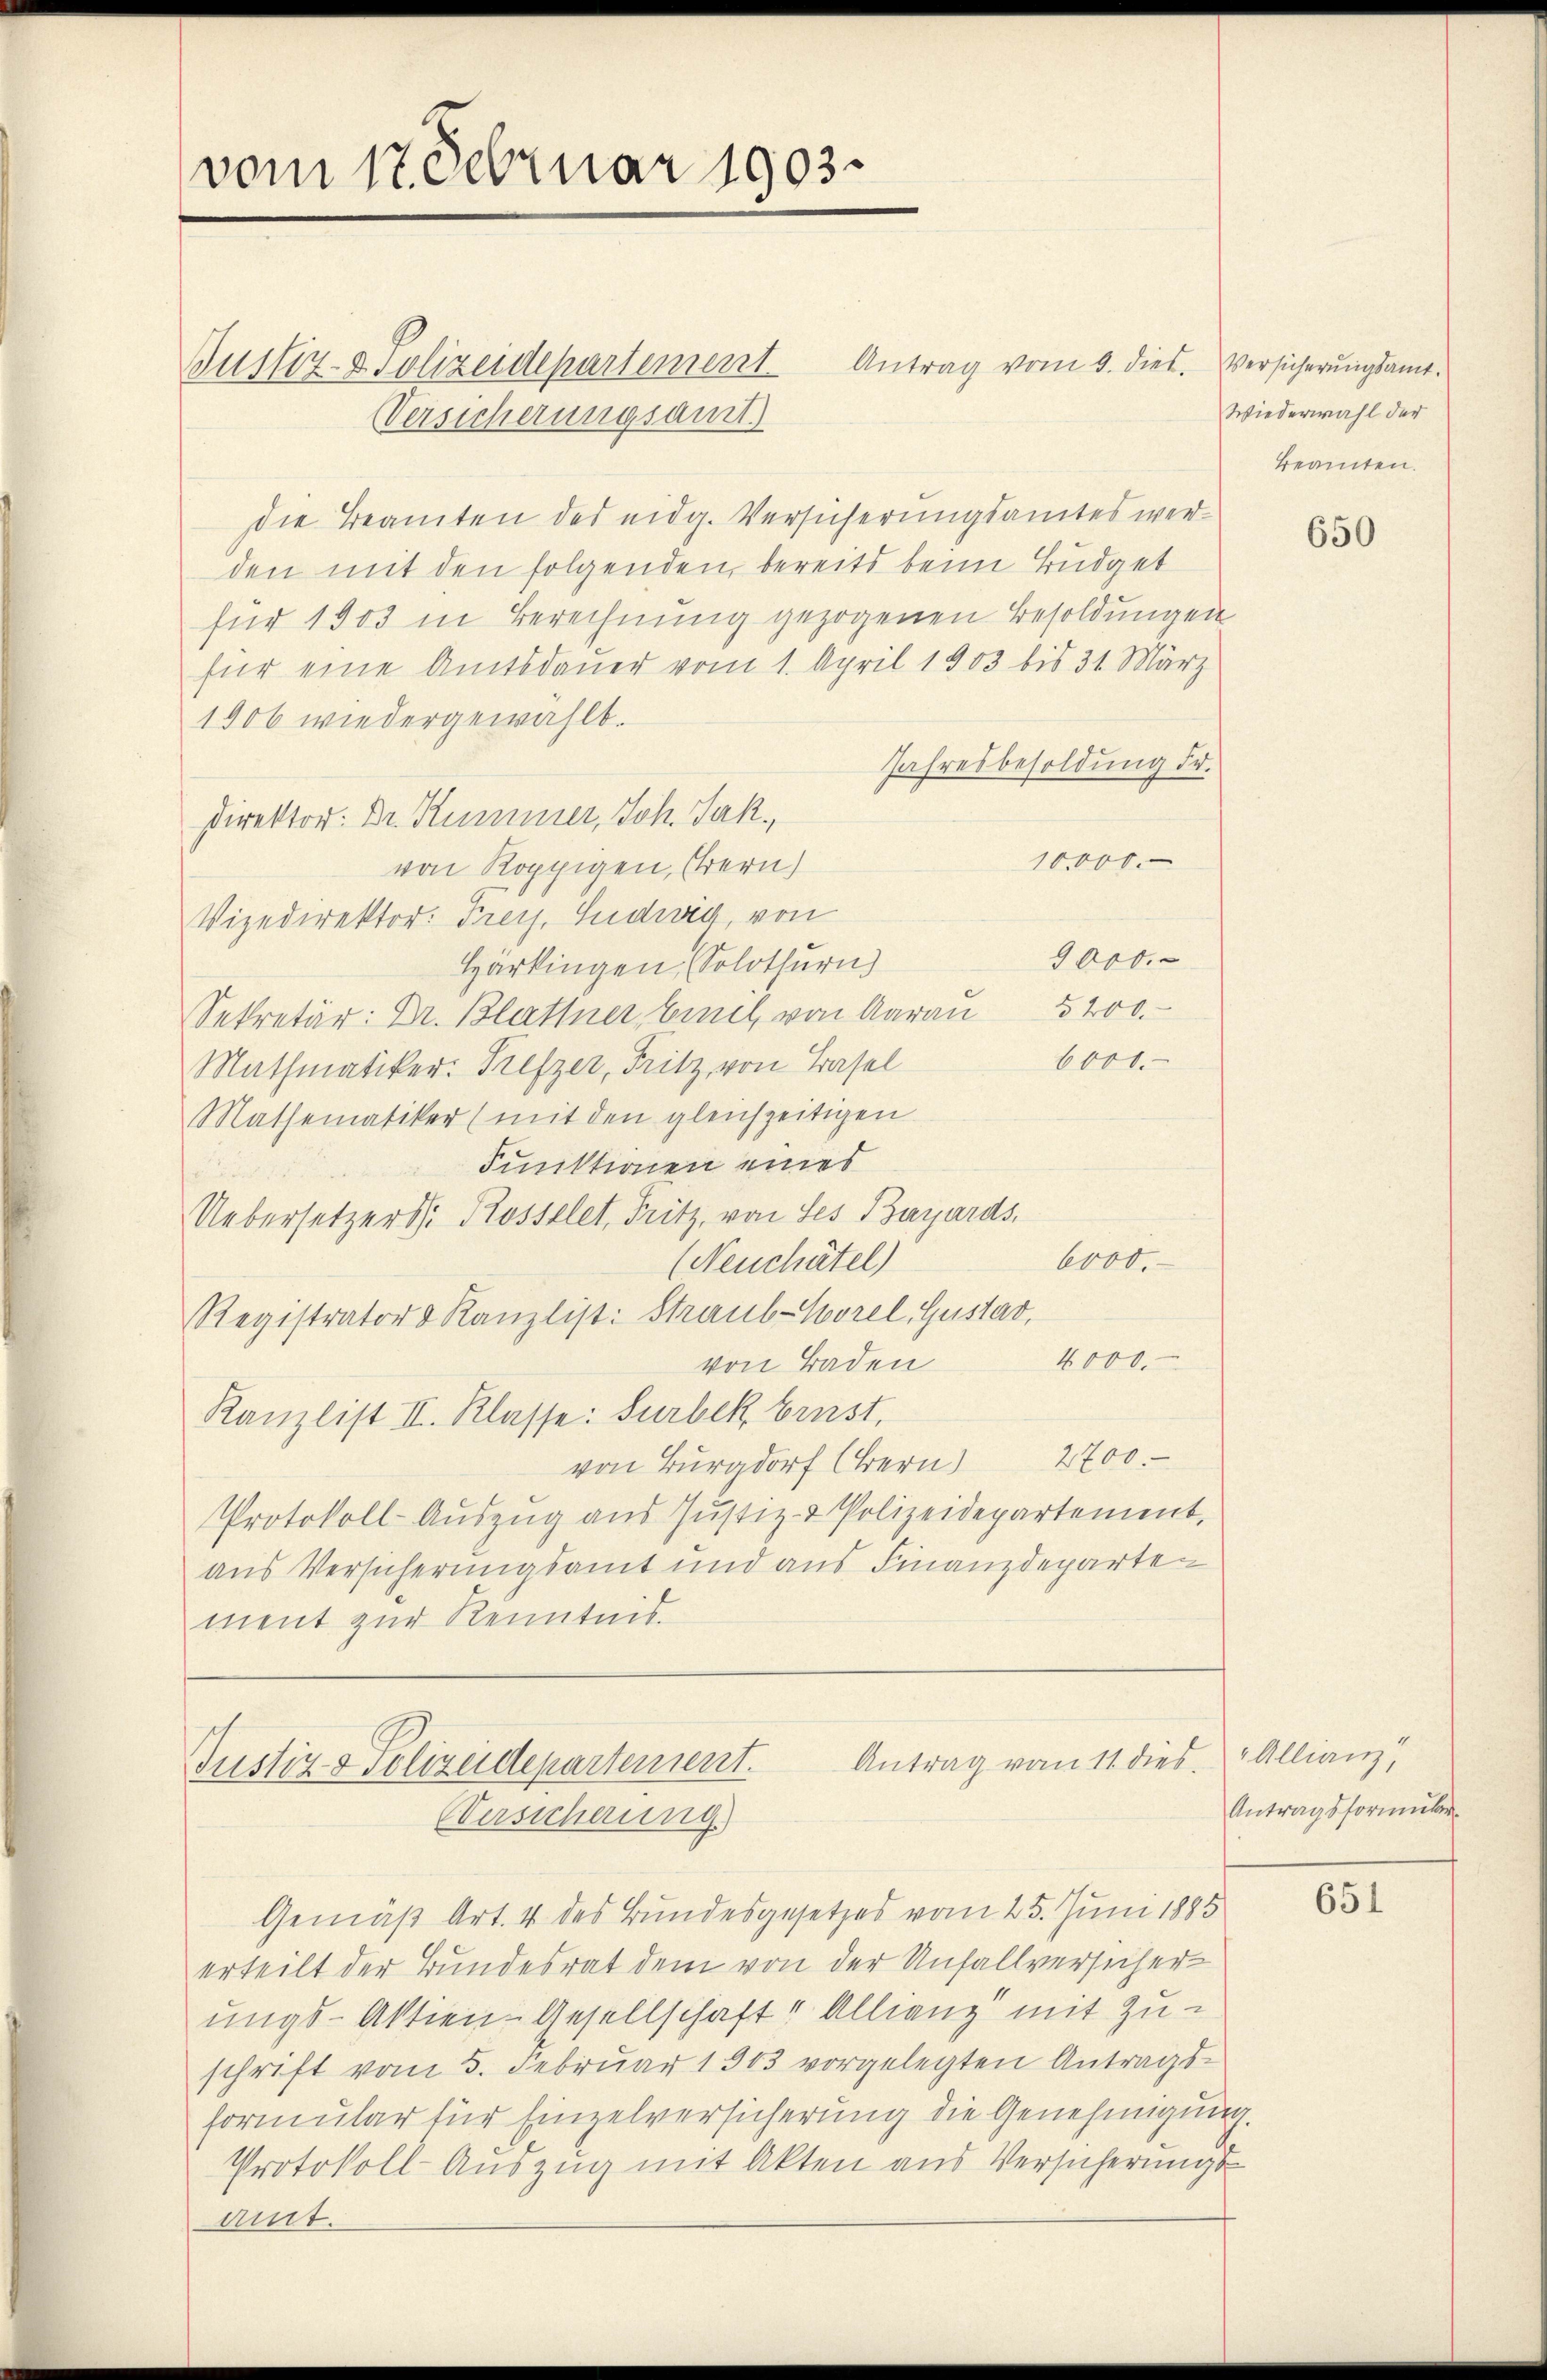
vom 17. Februar 1903.

Antrag vom 9. dies. Versicherungsamt
Justiz- & Polizeidepartement
Versicherungsamt
Die Beamten des eidg. Versicherungsamtes werden mit den folgenden, bereits beim Büdget
für 1903 in Berechnung gezogenen Besoldungen
für eine Amtsdauer vom 1. April 1903 bis 31. März
1906 wiedergewählt.
Jahresbesoldung Fr.
Direktor: Dr. Kummer, Joh. Jak.
10,000.
von Koppigen, Ehrern)
Vizedirektor: Frey. Ludwig, von
9000.
Härkingen, Solothurn)
Sekretär: Dr. Blattner Einel, von Aarau 3200.
6000.
Mathmatiker: Prefzer, Fritz, von Basel
Mathematiker (mit den gleichzeitigen
Funktionen eines
Uebersetzers: Rosselet, Fritz, von Ses Bayards,
6000.
(Neuchâtel)
Registrator & Kanzlist: Straub-Worel, Gustav,
4000.
von Baden
Kanzlist II. Klasse: Surbek brust,
von Burg Bern 2700.
Protokoll-Auszug aus Justiz- & Polizeidepartement,
aus Versicherungsamt und aus Finanzdeparte
ment zur Kenntnis.

Antrag vom 11 dies
Justiz & Polizeidepartement.
Versicherung.

Wiederwahl der
Beamten.

Gemäß Art. 4 des Bundesgesetzes vom 25. Juni 1885
erteilt der Bundesrat dem von der Unfallversicher-
ungs-Aktien-Gesellschaft Allianz mit Zuschrift vom 5. Februar 1903 vorgelegten Antrags-
formular für Einzelversicherung die Genehmigung.
Protokoll-Auszug mit Akten aus Versicherungs-
amt.

650

Allianz
Antragsformular

651